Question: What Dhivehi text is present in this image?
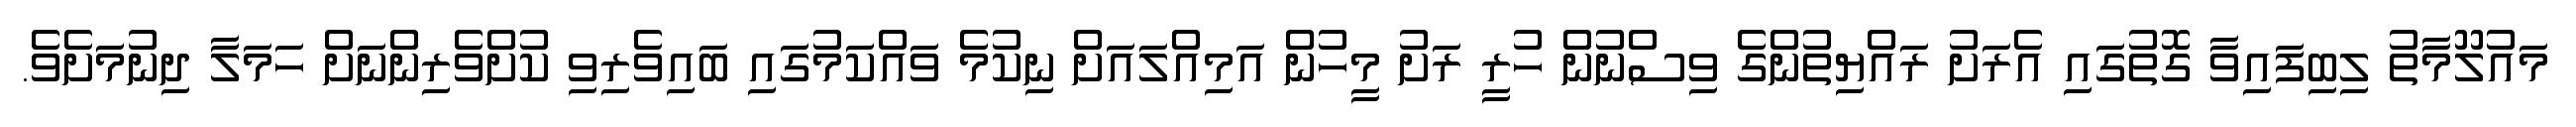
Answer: މައުލޫމާތު ލިބިފައިވާ ގޮތުގައި އެރަށު ރައްޔިތުންގެ ވިސްނުން ހުރީ ރަށު މީހުން އަމިއްލައަށް ނިކުމެ ވައްކަމުގައި ބައިވެރިވި ކުށްވެރިންނަށް ހަމަލާ ދިނުމަށެވެ.